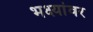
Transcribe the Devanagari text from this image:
भक्ष्यांवर